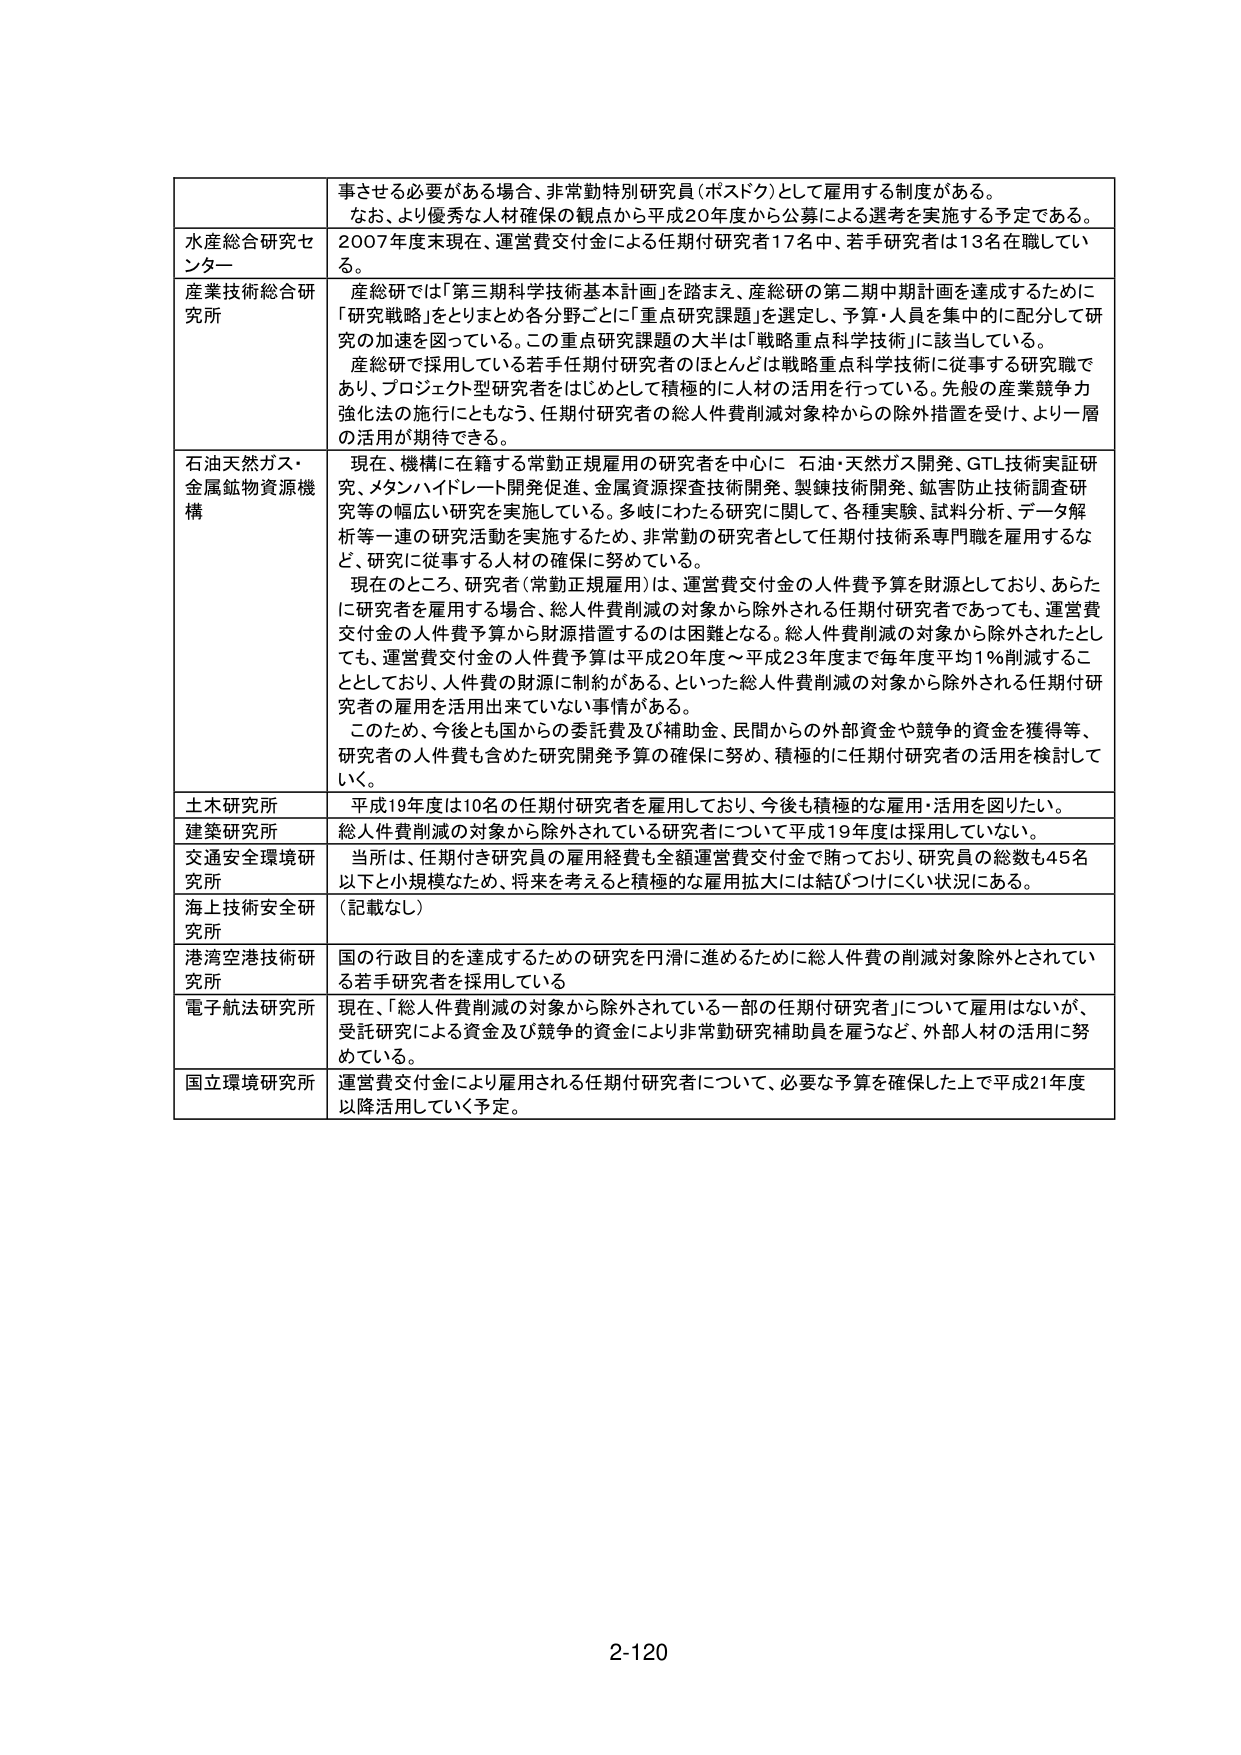
事させる必要がある場合、非常勤特別研究員（ポスドク）として雇用する制度がある。
なお、より優秀な人材確保の観点から平成20年度から公募による選考を実施する予定である。

水産総合研究センター
2007年度末現在、運営費交付金による任期付研究者17名中、若手研究者は13名在職している。

産業技術総合研究所
産総研では「第三期科学技術基本計画」を踏まえ、産総研の第二期中期計画を達成するために「研究戦略」をとりまとめ各分野ごとに「重点研究課題」を選定し、予算・人員を集中的に配分して研究の加速を図っている。この重点研究課題の大半は「戦略重点科学技術」に該当している。
産総研で採用している若手任期付研究者のほとんどは戦略重点科学技術に従事する研究職であり、プロジェクト型研究者をはじめとして積極的に人材の活用を行っている。先般の産業競争力強化法の施行にももなう、任期付研究者の総人件費削減対象枠からの除外措置を受け、より一層の活用が期待できる。

石油天然ガス・金属鉱物資源機構
現在、機構に在籍する常勤正規雇用の研究者を中心に 石油・天然ガス開発、GTL技術実証研究、メタンハイドレート開発促進、金属資源探査技術開発、製錬技術開発、鉱害防止技術調査研究等の幅広い研究を実施している。多岐にわたる研究に関して、各種実験、試料分析、データ解析等一連の研究活動を実施するため、非常勤の研究者として任期付技術系専門職を雇用するなど、研究に従事する人材の確保に努めている。
現在のところ、研究者（常勤正規雇用）は、運営費交付金の人件費予算を財源としており、あらたに研究者を雇用する場合、総人件費削減の対象から除外される任期付研究者であっても、運営費交付金の人件費予算から財源措置するのは困難となる。総人件費削減の対象から除外されたとしても、運営費交付金の人件費予算は平成20年度～平成23年度まで毎年度平均1％削減することとしており、人件費の財源に制約がある。といった総人件費削減の対象から除外される任期付研究者の雇用を活用出来ていない事情がある。
このため、今後とも国からの委託費及び補助金、民間からの外部資金や競争的資金を獲得等、研究者の人件費も含めた研究開発予算の確保に努め、積極的に任期付研究者の活用を検討していく。

土木研究所
平成19年度は10名の任期付研究者を雇用しており、今後も積極的な雇用・活用を図りたい。

建築研究所
総人件費削減の対象から除外されている研究者について平成19年度は採用していない。

交通安全環境研究所
当所は、任期付き研究員の雇用経費も全額運営費交付金で賄っており、研究員の総数も45名以下と小規模なため、将来を考えると積極的な雇用拡大には結びつけにくい状況にある。

海上技術安全研究所
（記載なし）

港湾空港技術研究所
国の行政目的を達成するための研究を円滑に進めるために総人件費の削減対象除外とされている若手研究者を採用している

電子航法研究所
現在、「総人件費削減の対象から除外されている一部の任期付研究者」について雇用はないが、受託研究による資金及び競争的資金により非常勤研究補助員を雇うなど、外部人材の活用に努めている。

国立環境研究所
運営費交付金により雇用される任期付研究者について、必要な予算を確保した上で平成21年度以降活用していく予定。

2-120